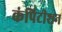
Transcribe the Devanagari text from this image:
कंपिटीशन